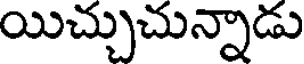
యిచ్చుచున్నాడు